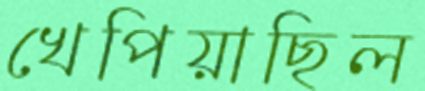
খেপিয়াছিল